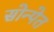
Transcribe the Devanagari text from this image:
सोन्पेत